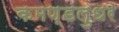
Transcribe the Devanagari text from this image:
कमण्डलुधर